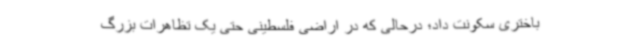
باختری سکونت داد؛ درحالی که در اراضی فلسطینی حتی یک تظاهرات بزرگ